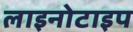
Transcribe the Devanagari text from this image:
लाइनोटाइप